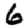
Digit: 6